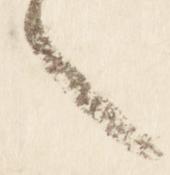
々